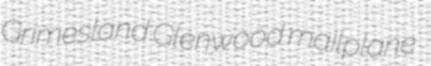
Grimesland Glenwood mailplane